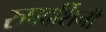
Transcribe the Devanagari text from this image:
रुपदर्शिनी